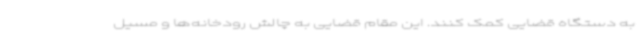
به دستگاه قضایی کمک کنند. این مقام قضایی به چالش رودخانه‌ها و مسیل